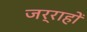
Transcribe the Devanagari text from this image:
जर्राहों